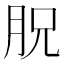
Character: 𦙿